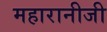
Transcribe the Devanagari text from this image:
महारानीजी